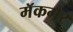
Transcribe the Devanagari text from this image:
मॅकगैर